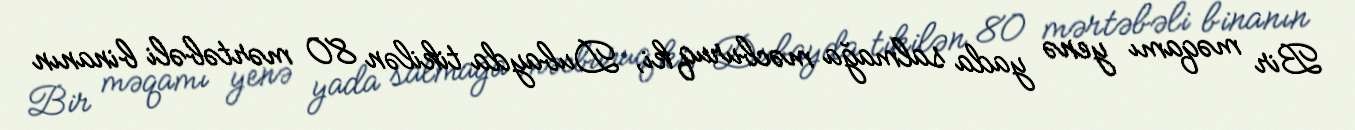
Bir məqamı yenə yada salmağa məcburuq ki, Dubayda tikilən 80 mərtəbəli binanın